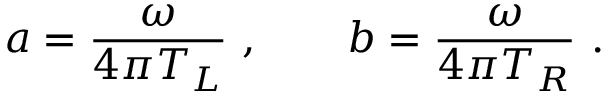
a = { \frac { \omega } { 4 \pi T _ { L } } } \ , \qquad b = { \frac { \omega } { 4 \pi T _ { R } } } \ .